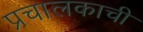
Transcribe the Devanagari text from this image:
प्रचालकाची